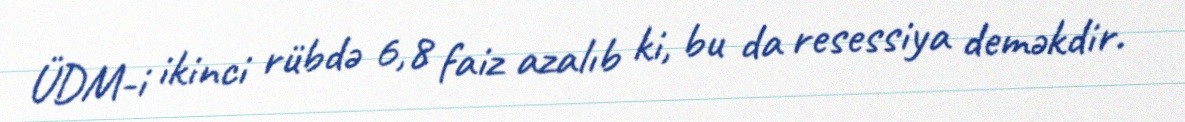
ÜDM-i ikinci rübdə 6,8 faiz azalıb ki, bu da resessiya deməkdir.